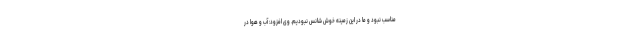
مناسب نبود و ما در این زمینه خوش شانس نبودیم. وی افزود: آب و هوا در